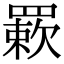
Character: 𦌊